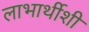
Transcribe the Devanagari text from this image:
लाभार्थीशी